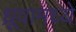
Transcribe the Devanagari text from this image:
ध्रूवामध्ये